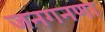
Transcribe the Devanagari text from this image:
जनगनणा